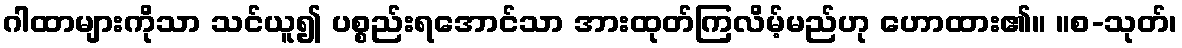
ဂါထာများကိုသာ သင်ယူ၍ ပစ္စည်းရအောင်သာ အားထုတ်ကြလိမ့်မည်ဟု ဟောထား၏။ ။စ-သုတ်၊